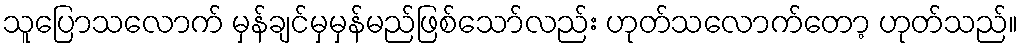
သူပြောသလောက် မှန်ချင်မှမှန်မည်ဖြစ်သော်လည်း ဟုတ်သလောက်တော့ ဟုတ်သည်။